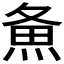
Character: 𰞲